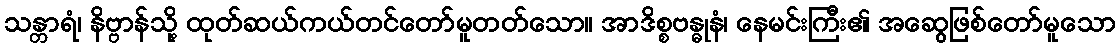
သန္တာရံ၊ နိဗ္ဗာန်သို့ ထုတ်ဆယ်ကယ်တင်တော်မူတတ်သော။ အာဒိစ္စဗန္ဓုနံ၊ နေမင်းကြီး၏ အဆွေဖြစ်တော်မူသော